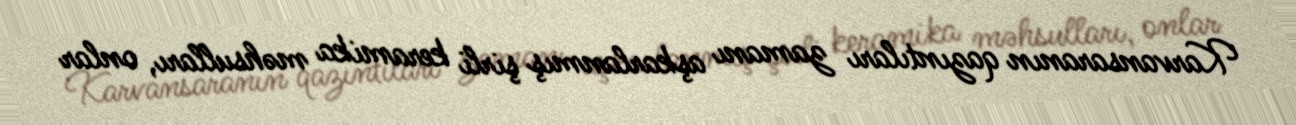
Karvansaranın qazıntıları zamanı aşkarlanmış şirli keramika məhsulları, onlar